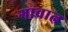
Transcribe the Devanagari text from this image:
गावात्न